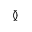
\between